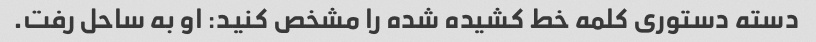
دسته دستوری کلمه خط کشیده شده را مشخص کنید: او به ساحل رفت.